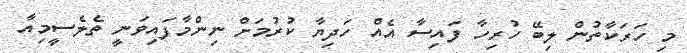
މި ހަރަކާތުން ލިބޭ ހުރިހާ ފައިސާ އެއް ހަދިޔާ ކުރުމަށް ނިންމާފައިވަނީ ތެލެސީމިއާ